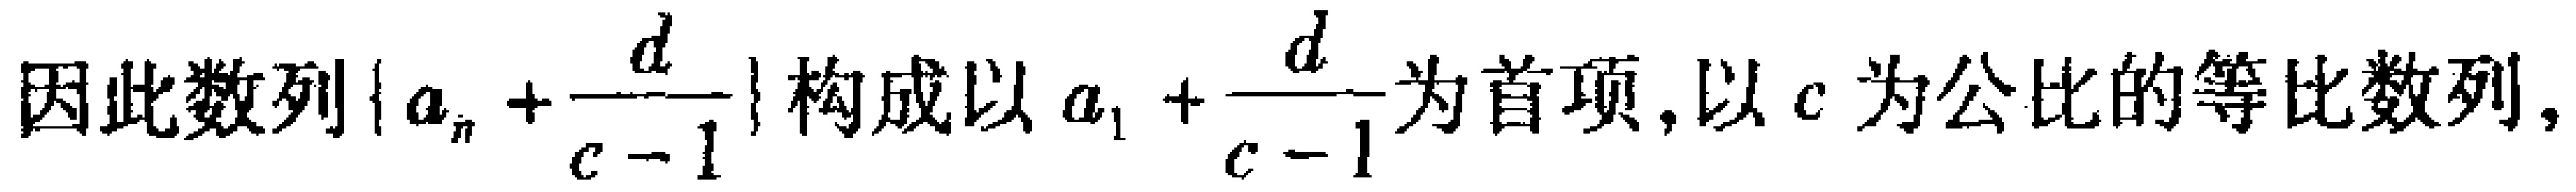
因此数列\(\{a_{n}+\frac{d}{c - 1}\}\)构成以\(a_{1}+\frac{d}{c - 1}\)为首项,以\(c\)为公比的等比数列,